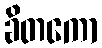
ခိတကော